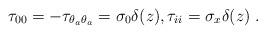
LaTeX: \begin{align*}\tau_{00}=-\tau_{\theta_a\theta_a}=\sigma_0\delta(z),\-\tau_{ii}=\sigma_x\delta(z)\;.\end{align*}